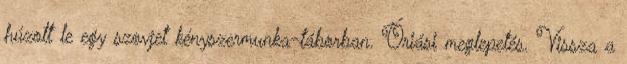
húzott le egy szovjet kényszermunka-táborban. Óriási meglepetés. Vissza a